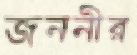
জননীর